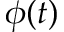
\phi ( t )